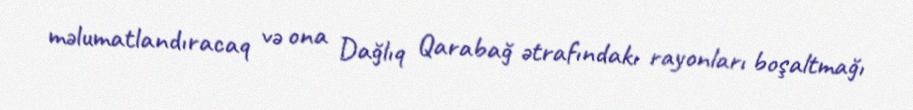
məlumatlandıracaq və ona Dağlıq Qarabağ ətrafındakı rayonları boşaltmağı